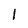
Character: l